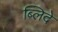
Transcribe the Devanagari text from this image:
ब्लिदे